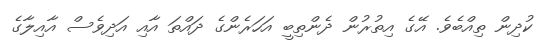
ކުދިން ތިއްބެވެ. އޭގެ އިތުރުން ދެންތިބީ އަހަރެންގެ ދައްތަ އާއި އަދިވެސް އާއިލާގެ